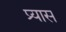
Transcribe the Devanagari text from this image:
प्र्यास